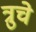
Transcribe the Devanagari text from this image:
त्रुचे